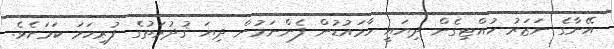
އޭނާގެ ނަޒަރު ހުއްޓިގެން ދިޔައީ ހާމައުޑުން ފެންނަމުން ދިޔަ ޤުދުރަތުގެ ފުރިހަމަ ކަމަށެވެ.